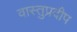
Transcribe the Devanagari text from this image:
वास्तुप्रदीप